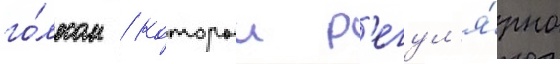
го́лосом / которыи р'егул'я́рно